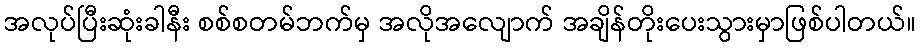
အလုပ်ပြီးဆုံးခါနီး စစ်စတမ်ဘက်မှ အလိုအလျောက် အချိန်တိုးပေးသွားမှာဖြစ်ပါတယ်။